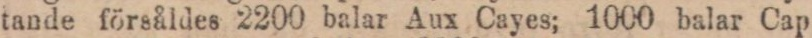
tande försåldes 2200 balar Aux Cayes; 1000 balar Cap